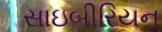
સાઇબીરિયન